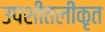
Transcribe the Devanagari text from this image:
उपशीतलीकृत